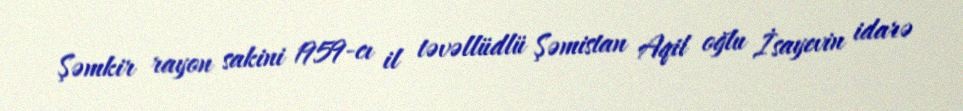
Şəmkir rayon sakini 1959-cı il təvəllüdlü Şəmistan Aqil oğlu İsayevin idarə